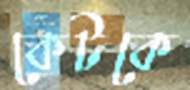
কেটকে